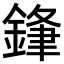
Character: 𮢢